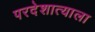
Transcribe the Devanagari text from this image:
परदेशात्याला